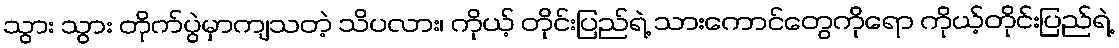
သွား သွား တိုက်ပွဲမှာကျသတဲ့ သိပလား၊ ကိုယ့် တိုင်းပြည်ရဲ့ သားကောင်တွေကိုရော ကိုယ့်တိုင်းပြည်ရဲ့